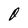
Character: 0